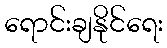
ရောင်းချနိုင်ရေး